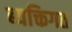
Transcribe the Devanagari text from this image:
ब्यक्तिगत